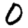
Digit: 0